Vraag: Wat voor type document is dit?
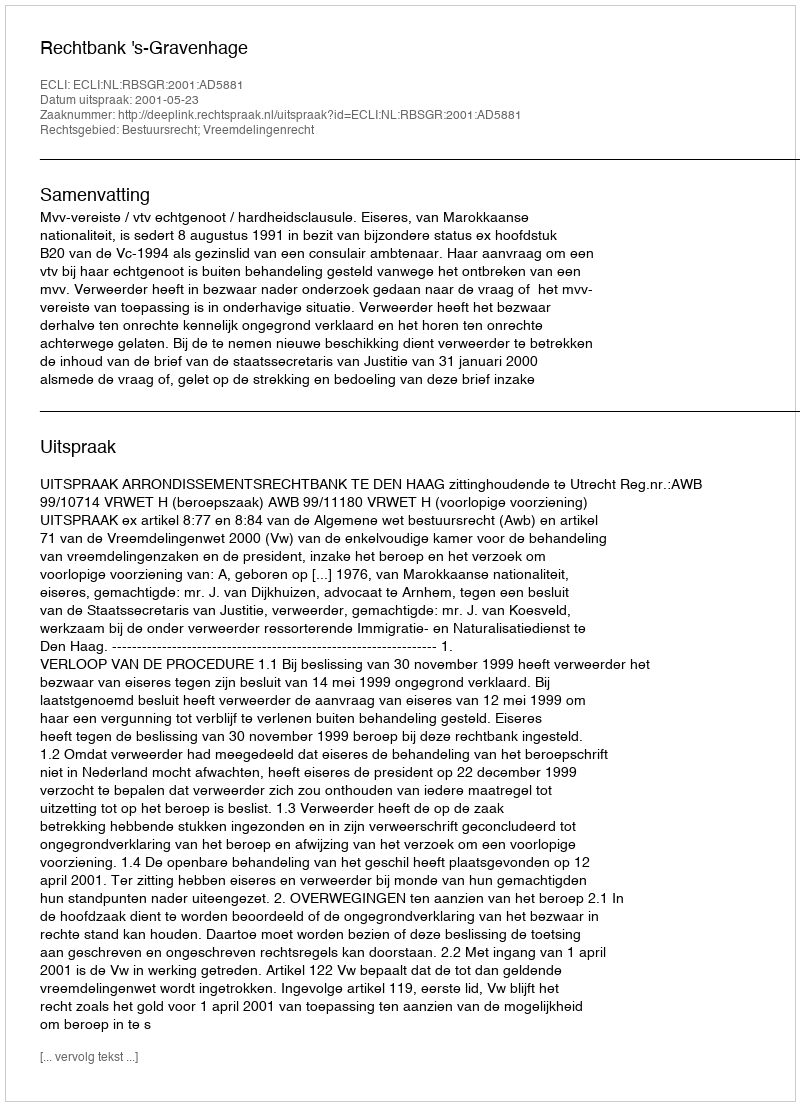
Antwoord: Uitspraak